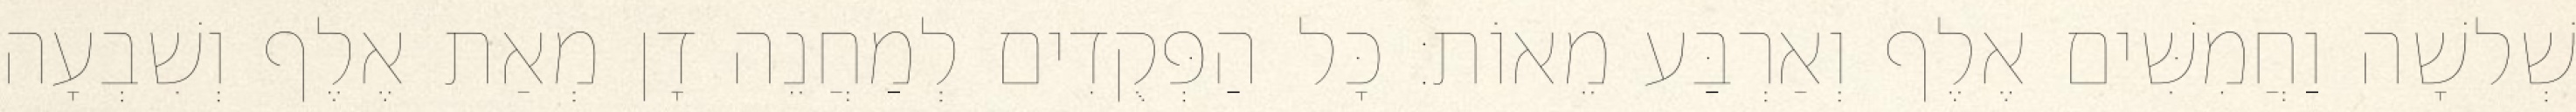
שְׁלשָׁה וַחֲמִשִּׁים אֶלֶף וְאַרְבַּע מֵאוֹת׃ כָּל הַפְּקֻדִים לְמַחֲנֵה דָן מְאַת אֶלֶף וְשִׁבְעָה